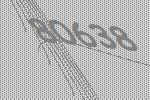
80638